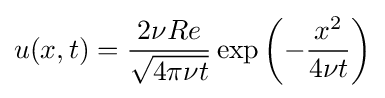
u(x,t)={\frac {2\nu Re}{\sqrt {4\pi \nu t}}}\exp \left(-{\frac {x^{2}}{4\nu t}}\right)